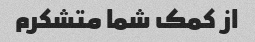
از کمک شما متشکرم